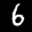
Label: 6